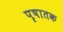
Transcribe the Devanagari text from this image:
पृषातक